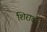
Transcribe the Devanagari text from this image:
शिराव